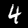
Digit: 4